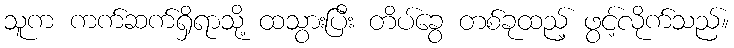
သူက ကက်ဆက်ရှိရာသို့ ထသွားပြီး တိပ်ခွေ တစ်ခုထည့် ဖွင့်လိုက်သည်။